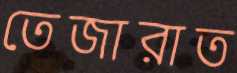
তেজারাত